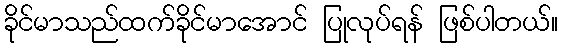
ခိုင်မာသည်ထက်ခိုင်မာအောင် ပြုလုပ်ရန် ဖြစ်ပါတယ်။